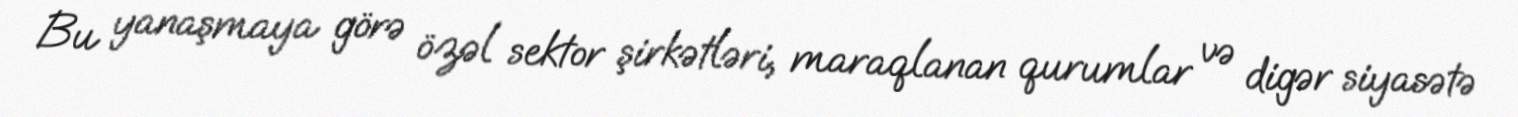
Bu yanaşmaya görə özəl sektor şirkətləri, maraqlanan qurumlar və digər siyasətə